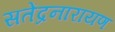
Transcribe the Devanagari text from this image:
सतेंद्रनारायण